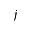
j